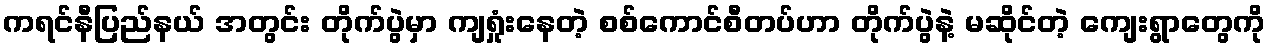
ကရင်နီပြည်နယ် အတွင်း တိုက်ပွဲမှာ ကျရှုံးနေတဲ့ စစ်ကောင်စီတပ်ဟာ တိုက်ပွဲနဲ့ မဆိုင်တဲ့ ကျေးရွာတွေကို